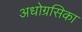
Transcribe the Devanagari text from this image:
अधोग्रसिका